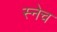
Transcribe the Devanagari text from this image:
स्नेच